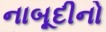
નાબૂદીનો